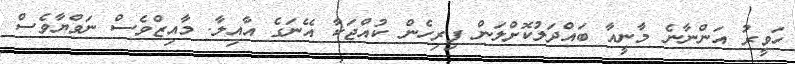
ހަވީރު އަންނާނެ މާނީއާ ބައްދަލުކޮށްލަން ފިރިހެން ކުއްޖަކާ އޭނަގެ އާއިލާ. މާއިޒްވެސް ނަވްޔާވެސް